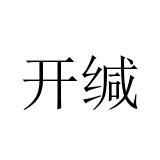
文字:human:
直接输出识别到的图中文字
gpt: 开缄